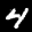
Label: 4